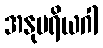
အနုပရိယဂါ